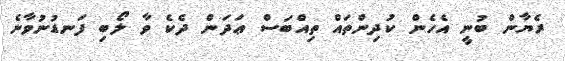
ރެޔާން ބުނީ އެހެން ކުދިންތައް ތިއްބަސް ޢަދަން ދެކެ ވާ ލޯބި ފަނޑުނުވާނެ